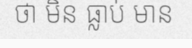
ថា មិន ធ្លាប់ មាន